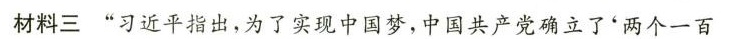
材料三”习近平指出，为了实现中国梦，中国共产党确立了'两个一百